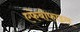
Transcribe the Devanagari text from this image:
एफेबोफाइल